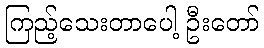
ကြည့်သေးတာပေါ့ ဦးတော်